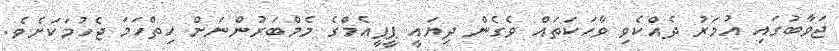
ޖަވާބުގައި އުމަރު ދެއްކެވި ވާހަކަތައް ވެގެން ދިޔައީ ޕީޕީއެމްގެ މެމްބަރުންނަށް ހިތްހަމަ ޖެހުމަކަށެވެ.